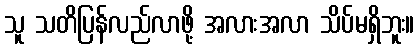
သူ သတိပြန်လည်လာဖို့ အလားအလာ သိပ်မရှိဘူး။